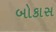
બોકાસ